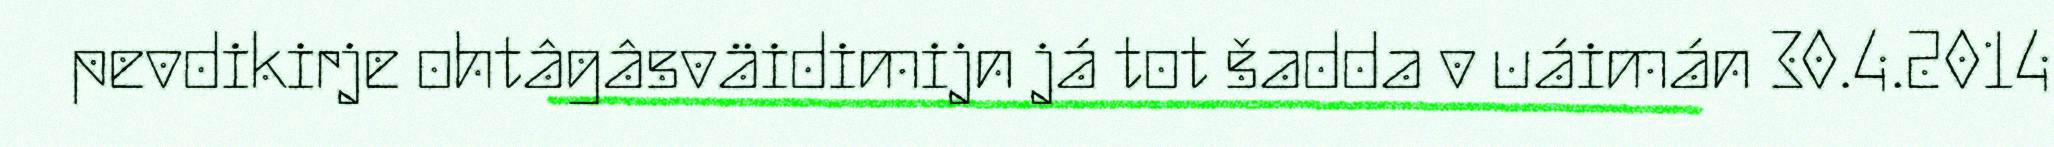
pevdikirje ohtâgâsväidimijn já tot šadda v uáimán 30.4.2014